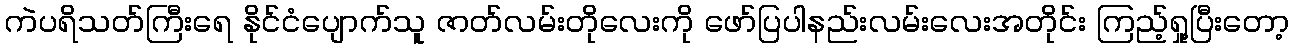
ကဲပရိသတ်ကြီးရေ နိုင်ငံပျောက်သူ ဇာတ်လမ်းတိုလေးကို ဖော်ပြပါနည်းလမ်းလေးအတိုင်း ကြည့်ရှု့ပြီးတော့